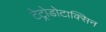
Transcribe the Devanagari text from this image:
टेट्रोडोटाक्सिन